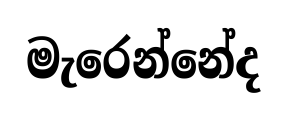
මැරෙන්නේද